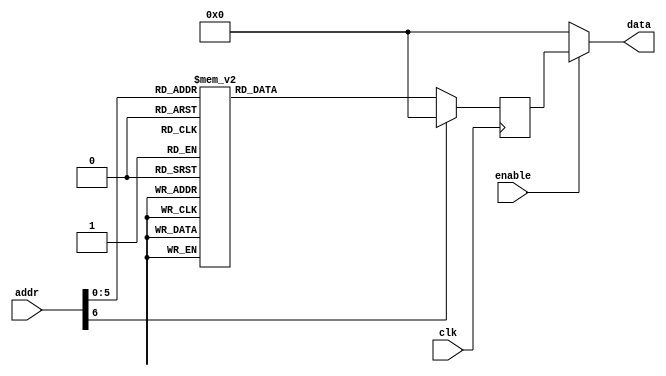
module rom01(input clk, input enable, input [7-1:0] addr, output [8-1:0] data);
    reg [8-1:0] data_reg;
    always @ (posedge clk)
        case(addr)
            7'h0 : data_reg <= 8'h41;
            7'h1 : data_reg <= 8'h53;
            7'h2 : data_reg <= 8'h52;
            7'h3 : data_reg <= 8'h4D;
            7'h4 : data_reg <= 8'h28;
            7'h5 : data_reg <= 8'h1C;
            7'h6 : data_reg <= 8'h21;
            7'h7 : data_reg <= 8'h8C;
            7'h8 : data_reg <= 8'h1D;
            7'h9 : data_reg <= 8'h24;
            7'hA : data_reg <= 8'h11;
            7'hB : data_reg <= 8'h28;
            7'hC : data_reg <= 8'h81;
            7'hD : data_reg <= 8'h12;
            7'hE : data_reg <= 8'h13;
            7'hF : data_reg <= 8'h20;
            7'h10 : data_reg <= 8'hC2;
            7'h11 : data_reg <= 8'h21;
            7'h12 : data_reg <= 8'h32;
            7'h13 : data_reg <= 8'h12;
            7'h14 : data_reg <= 8'h27;
            7'h15 : data_reg <= 8'hC2;
            7'h16 : data_reg <= 8'h21;
            7'h17 : data_reg <= 8'h32;
            7'h18 : data_reg <= 8'h12;
            7'h19 : data_reg <= 8'h24;
            7'h1A : data_reg <= 8'h1C;
            7'h1B : data_reg <= 8'h26;
            7'h1C : data_reg <= 8'h8C;
            7'h1D : data_reg <= 8'h1C;
            7'h1E : data_reg <= 8'h24;
            7'h1F : data_reg <= 8'h5C;
            7'h20 : data_reg <= 8'hC2;
            7'h21 : data_reg <= 8'h21;
            7'h22 : data_reg <= 8'h32;
            7'h23 : data_reg <= 8'h12;
            7'h24 : data_reg <= 8'hD3;
            7'h25 : data_reg <= 8'hE9;
            7'h26 : data_reg <= 8'h21;
            7'h27 : data_reg <= 8'h33;
            7'h28 : data_reg <= 8'h13;
            7'h29 : data_reg <= 8'hD3;
            7'h2A : data_reg <= 8'hE9;
            7'h2B : data_reg <= 8'h21;
            7'h2C : data_reg <= 8'h33;
            7'h2D : data_reg <= 8'h13;
            7'h2E : data_reg <= 8'hD3;
            7'h2F : data_reg <= 8'hE9;
            7'h30 : data_reg <= 8'h21;
            7'h31 : data_reg <= 8'h33;
            7'h32 : data_reg <= 8'h13;
            7'h33 : data_reg <= 8'hE8;
            default : data_reg <= 0;
        endcase
    assign data = ( enable ? data_reg : 0 );
endmodule